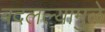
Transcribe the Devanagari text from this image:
बदलल्यामुळे